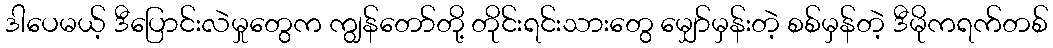
ဒါပေမယ့် ဒီပြောင်းလဲမှုတွေက ကျွန်တော်တို့ တိုင်းရင်းသားတွေ မျှော်မှန်းတဲ့ စစ်မှန်တဲ့ ဒီမိုကရက်တစ်